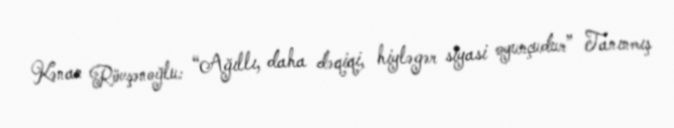
Kənan Rövşənoğlu: “Ağıllı, daha dəqiqi, hiyləgər siyasi oyunçudur” Tanınmış